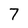
Character: 7